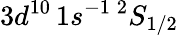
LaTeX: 3d^{10}\, 1s^{-1}\, ^{2}S_{1/2}